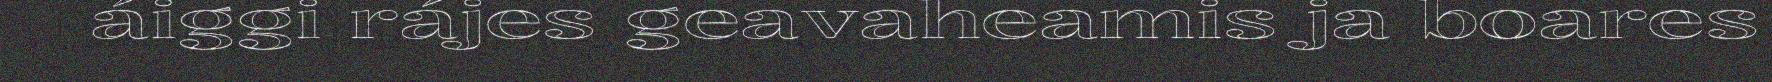
áiggi rájes geavaheamis ja boares